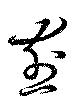
煎